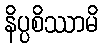
နိပ္ပစိဿာမိ